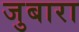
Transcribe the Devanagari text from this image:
जुबारा